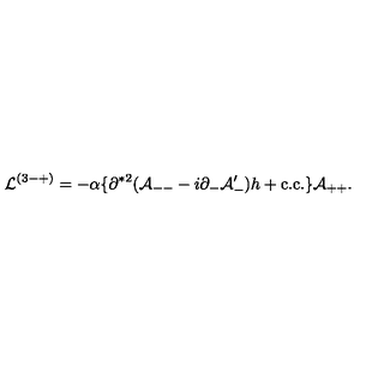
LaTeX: { \cal L } ^ { ( 3 - + ) } = - \alpha \{ \partial ^ { * 2 } ( { \cal A } _ { -- } - i \partial _ { - } { \cal A } _ { - } ^ { \prime } ) h + \mathrm { c . c . } \} { \cal A } _ { + + } .